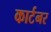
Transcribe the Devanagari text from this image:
कार्टनर